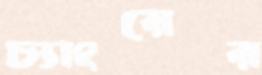
চ্যাংয়ের